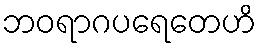
ဘဝရာဂပရေတေဟိ